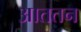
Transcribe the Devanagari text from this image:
आततन